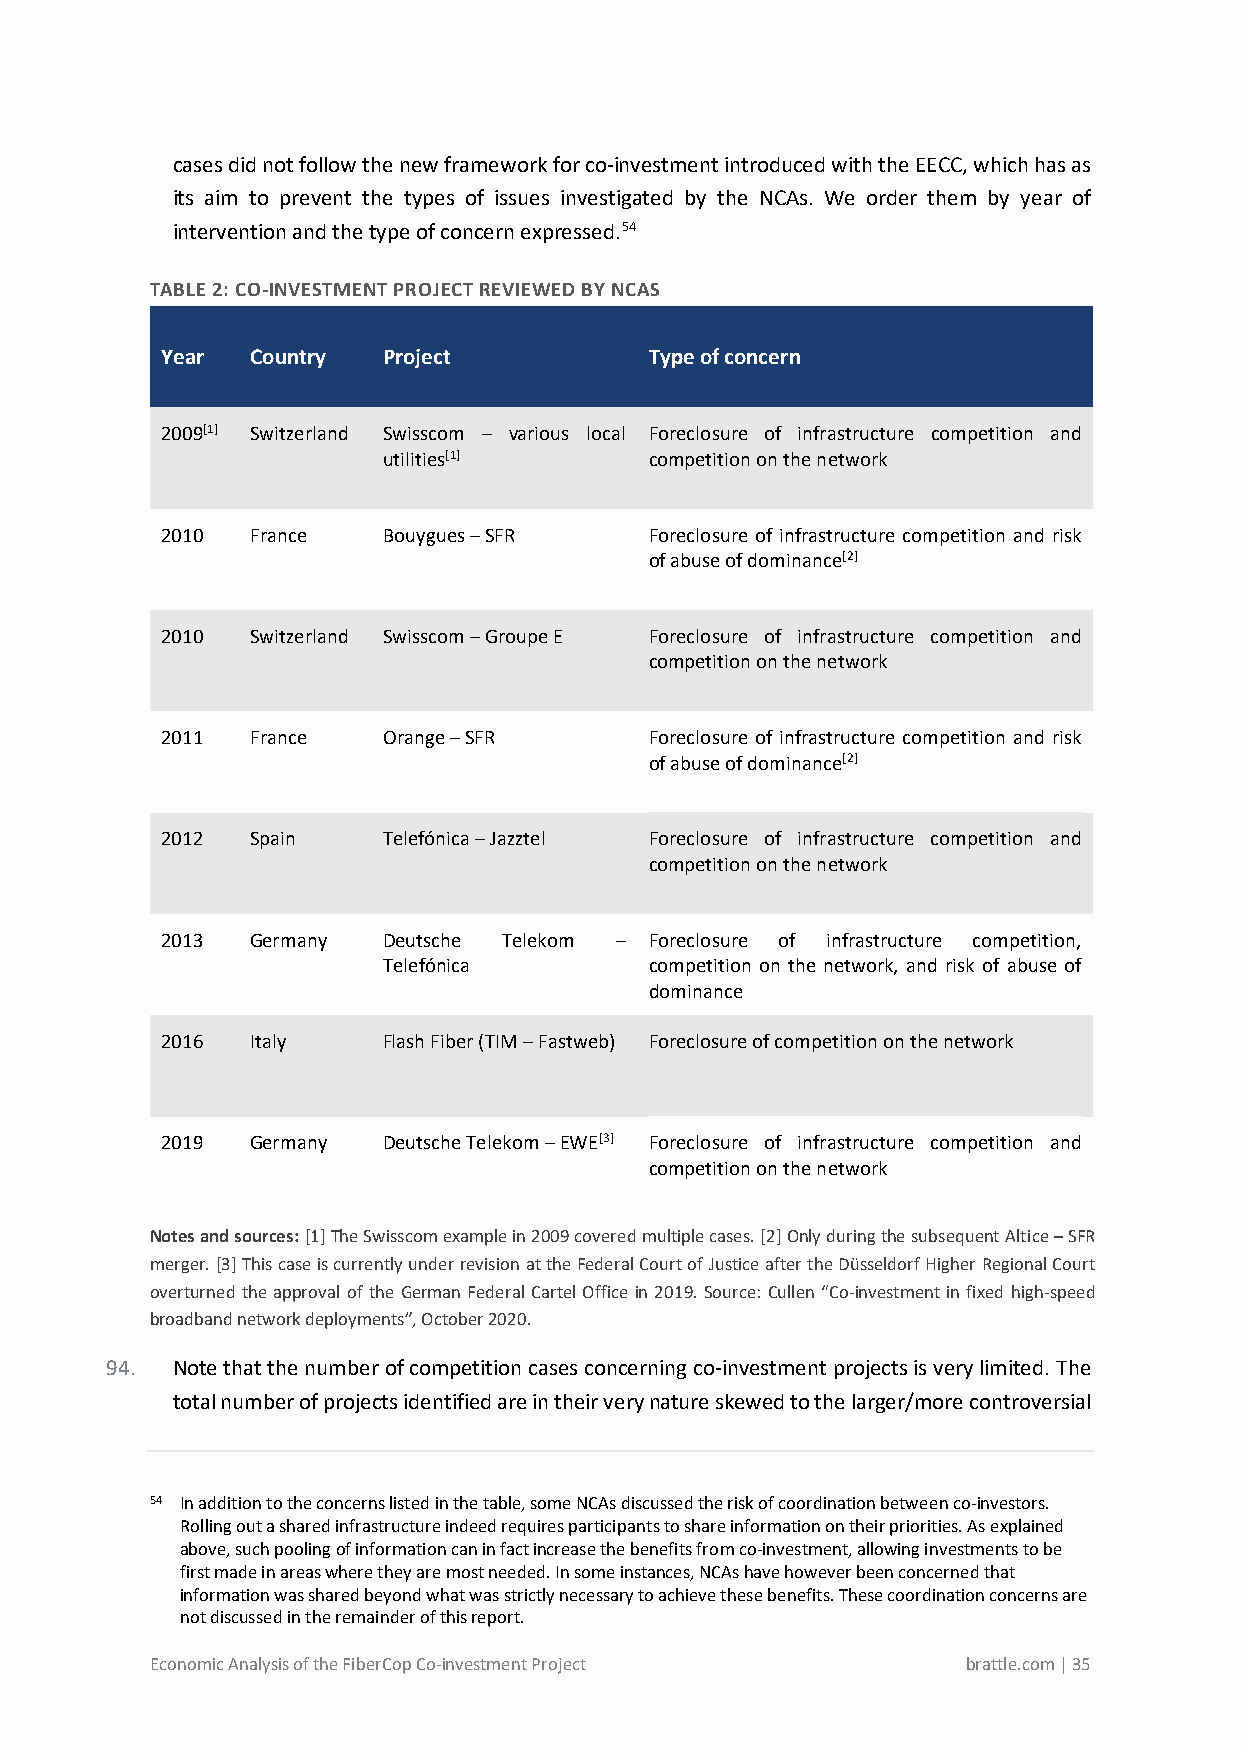
cases did not follow the new framework for co-investment introduced with the EECC, which has as
 its aim to prevent the types of issues investigated by the NCAs. We order them by year of
 intervention and the type of concern expressed.54
 TABLE 2: CO-INVESTMENT PROJECT REVIEWED BY NCAS
 Year  Country Project           Type of concern
 2009[1] Switzerland Swisscom – various local Foreclosure of infrastructure competition and
 utilities[1]      competition on the network
 2010  France  Bouygues – SFR    Foreclosure of infrastructure competition and risk
 of abuse of dominance[2]
 2010  Switzerland Swisscom – Groupe E Foreclosure of infrastructure competition and
 competition on the network
 2011  France  Orange – SFR      Foreclosure of infrastructure competition and risk
 of abuse of dominance[2]
 2012  Spain   Telefónica – Jazztel Foreclosure of infrastructure competition and
 competition on the network
 2013  Germany Deutsche Telekom – Foreclosure of infrastructure competition,
 Telefónica        competition on the network, and risk of abuse of
 dominance
 2016  Italy   Flash Fiber (TIM – Fastweb) Foreclosure of competition on the network
 2019  Germany Deutsche Telekom – EWE[3] Foreclosure of infrastructure competition and
 competition on the network
 Notes and sources: [1] The Swisscom example in 2009 covered multiple cases. [2] Only during the subsequent Altice – SFR
 merger. [3] This case is currently under revision at the Federal Court of Justice after the Düsseldorf Higher Regional Court
 overturned the approval of the German Federal Cartel Office in 2019. Source: Cullen “Co-investment in fixed high-speed
 broadband network deployments”, October 2020.
 94. Note that the number of competition cases concerning co-investment projects is very limited. The
 total number of projects identified are in their very nature skewed to the larger/more controversial
 54 In addition to the concerns listed in the table, some NCAs discussed the risk of coordination between co-investors.
 Rolling out a shared infrastructure indeed requires participants to share information on their priorities. As explained
 above, such pooling of information can in fact increase the benefits from co-investment, allowing investments to be
 first made in areas where they are most needed. In some instances, NCAs have however been concerned that
 information was shared beyond what was strictly necessary to achieve these benefits. These coordination concerns are
 not discussed in the remainder of this report.
 Economic Analysis of the FiberCop Co-investment Project brattle.com | 35